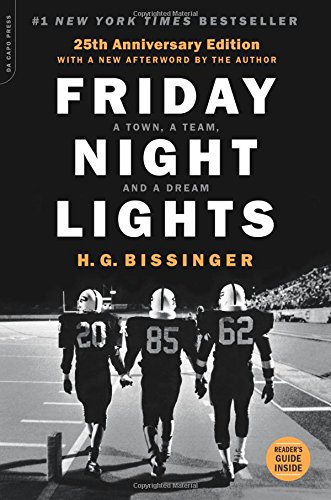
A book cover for Friday Night Lights, 25th Anniversary Edition: A Town, a Team, and a Dream; H.G. Bissinger; History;